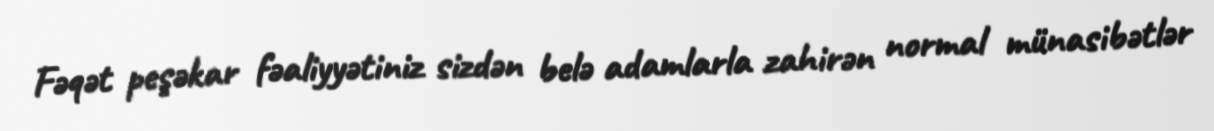
Fəqət peşəkar fəaliyyətiniz sizdən belə adamlarla zahirən normal münasibətlər